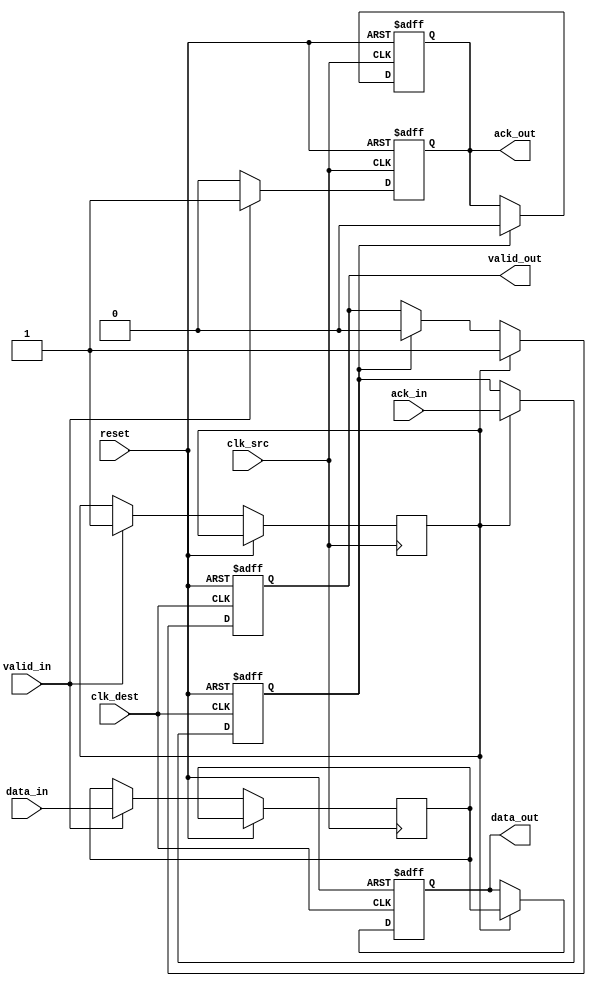
module handshake_synchronizer (
    input wire        clk_src,      // Clock for source domain
    input wire        clk_dest,     // Clock for destination domain
    input wire        reset,        // Asynchronous reset
    input wire [7:0] data_in,      // Data input from source domain
    input wire        valid_in,     // Valid signal for data input
    output reg [7:0] data_out,      // Synchronized data output for destination domain
    output reg        valid_out,     // Valid signal for data output
    input wire        ack_in,       // Acknowledgment from destination domain
    output reg        ack_out       // Acknowledgment from source domain
);

// Internal signals
reg [7:0] data_sync;
reg valid_sync;
reg ack_sync;

// Synchronization logic for data and valid signals
always @(posedge clk_src or posedge reset) begin
    if (reset) begin
        ack_out <= 1'b0;
    end else if (valid_in) begin
        data_sync <= data_in;
        valid_sync <= 1'b1;
        ack_out <= 1'b1; // Assert ack_out when data is ready to send
    end else begin
        ack_out <= 1'b0; // Deassert ack_out when no valid data
    end
end

// Synchronization logic for ack signal
always @(posedge clk_dest or posedge reset) begin
    if (reset) begin
        data_out <= 8'b0;
        valid_out <= 1'b0;
        ack_sync <= 1'b0;
    end else begin
        // Synchronize valid and data signals
        if (valid_sync) begin
            data_out <= data_sync;
            valid_out <= 1'b1;
            ack_sync <= ack_in; // Capture ack_in
        end else if (ack_sync) begin
            valid_out <= 1'b0; // Deassert valid_out after ack is received
        end
    end
end

// Acknowledge logic for the source domain
always @(posedge clk_src or posedge reset) begin
    if (reset) begin
        ack_out <= 1'b0;
    end else if (ack_sync) begin
        ack_out <= 1'b0; // Deassert ack_out after receiving ack_in
    end
end

endmodule